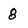
Character: 8